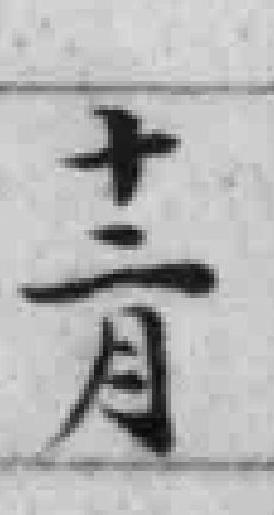
十二月